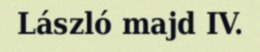
László majd IV.